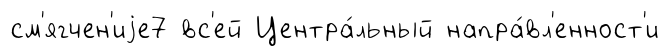
см'ягчен'иjе7 вс'ей Центра́льный напра́вл'енност'и